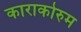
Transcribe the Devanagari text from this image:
काराकोरुम